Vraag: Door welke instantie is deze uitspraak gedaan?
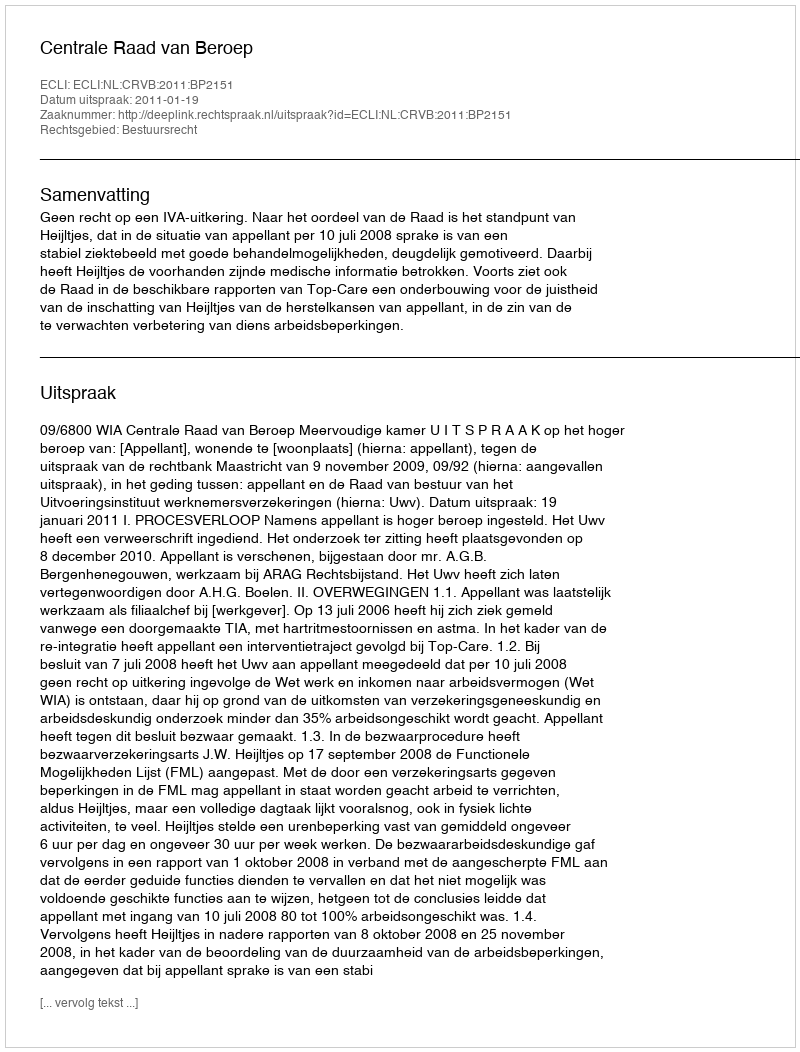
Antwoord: Centrale Raad van Beroep